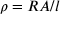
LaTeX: \rho = R A / l